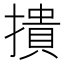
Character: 撌